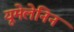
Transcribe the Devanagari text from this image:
यूमेलेनिन